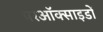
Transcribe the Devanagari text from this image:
परऑक्साइडों